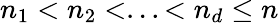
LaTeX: n_{1}<n_{2}<...<n_{d}\leq n